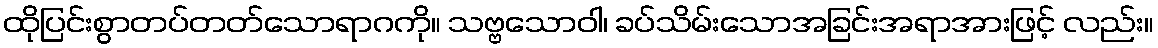
ထိုပြင်းစွာတပ်တတ်သောရာဂကို။ သဗ္ဗသောဝါ၊ ခပ်သိမ်းသောအခြင်းအရာအားဖြင့် လည်း။